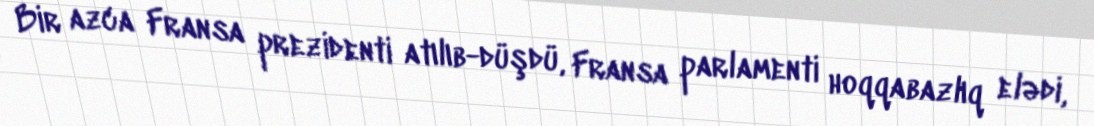
Bir azca Fransa prezidenti atılıb-düşdü, Fransa parlamenti hoqqabazlıq elədi,